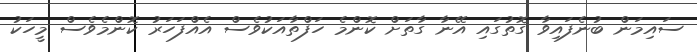
ސައިމަން ބުނެފައިވާ ގޮތުގައި އޭނާ ގާތަށް ކޮންމެ ހަފްތާއަކުވެސް އެއްފަހަރު ކޮންމެވެސް މީހަކު